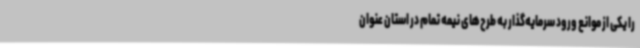
را یکی از موانع ورود سرمایه‌گذار به طرح‌های نیمه تمام در استان عنوان